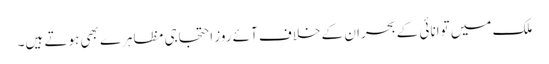
ملک میں توانائی کے بحران کے خلاف آئے روز احتجاجی مظاہرے بھی ہوتے ہیں۔